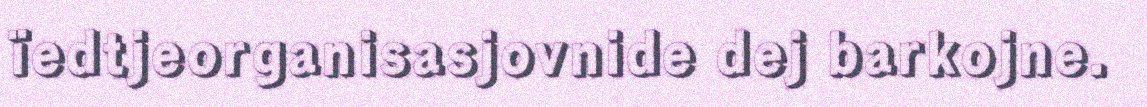
ïedtjeorganisasjovnide dej barkojne.